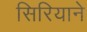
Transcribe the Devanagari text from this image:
सिरियाने